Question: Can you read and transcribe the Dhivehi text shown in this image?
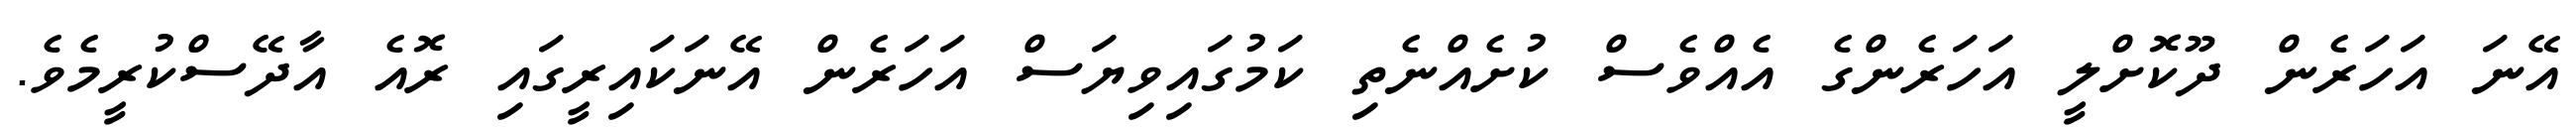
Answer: އޭނަ އަހަރެން ދޫކޮށްލީ އަހަރެންގެ އެއްވެސް ކުށެއްނެތި ކަމުގައިވިޔަސް އަހަރެން އޭނަކައިރީގައި ރޮއެ އާދޭސްކުރީމެވެ.